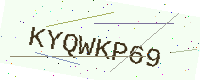
Text: KYQWKP69